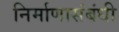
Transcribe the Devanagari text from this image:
निर्माणासंबंधी